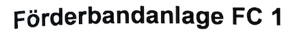
Text: Förderbandanlage FC 1